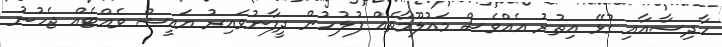
ހާދިސާއާއި ގުޅޭ އިތުރު އެއްވެސް މައުލޫމާތެއް ފުލުހުން ދީފާނުވައިރު ޔައީޝް ވެއްޓެއް ޖެހުނު